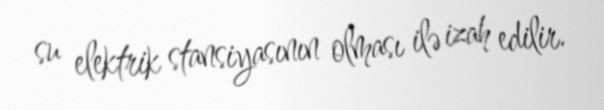
su elektrik stansiyasının olması ilə izah edilir.